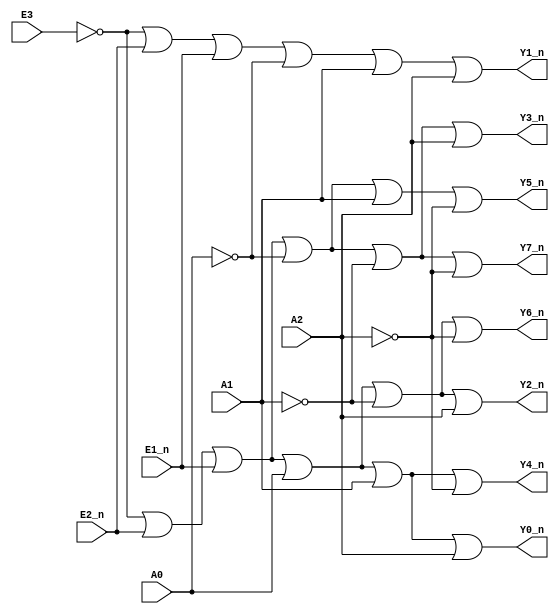
module decoder_38(
   input             E1_n   ,
   input             E2_n   ,
   input             E3     ,
   input             A0     ,
   input             A1     ,
   input             A2     ,
   
   output wire       Y0_n   ,  
   output wire       Y1_n   , 
   output wire       Y2_n   , 
   output wire       Y3_n   , 
   output wire       Y4_n   , 
   output wire       Y5_n   , 
   output wire       Y6_n   , 
   output wire       Y7_n   
);
assign Y0_n=!E3||E2_n||E1_n||A0||A1||A2;
assign Y1_n=!E3|E2_n||E1_n||!A0||A1||A2;
assign Y2_n=!E3||E2_n||E1_n||A0||!A1||A2;
assign Y3_n=!E3||E2_n||E1_n||!A0||!A1||A2;
assign Y4_n=!E3||E2_n||E1_n||A0||A1||!A2;
assign Y5_n=!E3||E2_n||E1_n||!A0||A1||!A2;
assign Y6_n=!E3||E2_n||E1_n||A0||!A1||!A2;
assign Y7_n=!E3||E2_n||E1_n||!A0||!A1||!A2;
endmodule